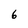
Character: 6